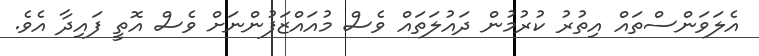
އެލަވަންސްތައް އިތުރު ކުރުމުން ދައުލަތައް ވެސް މުއައްޒަފުންނަށް ވެސް އޮތީ ފައިދާ އެވެ.